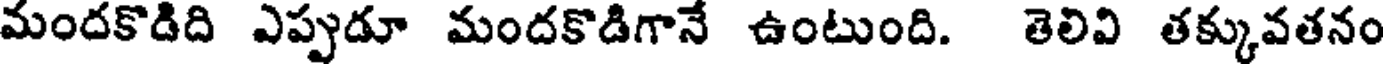
మందకొడిది ఎప్పుడూ మందకొడిగానే ఉంటుంది. తెలివి తక్కువతనం